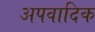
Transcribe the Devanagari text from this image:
अपवादिक